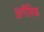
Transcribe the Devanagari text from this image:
ॲगॅमिड